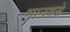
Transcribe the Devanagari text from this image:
भानवसे